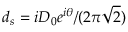
d _ { s } = i D _ { 0 } e ^ { i \theta } / ( 2 \pi \sqrt { 2 } )